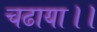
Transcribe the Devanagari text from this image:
चढाया।।